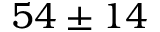
5 4 \pm 1 4